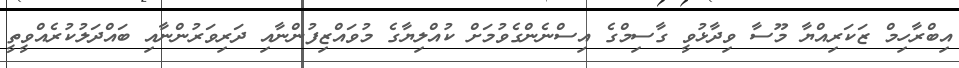
އިބްރާހިމް ޒަކަރިއްޔާ މޫސާ ވިދާޅުވީ ގާސިމްގެ އިސްނެންގެވުމަށް ކުއްލިޔާގެ މުވައްޒިފުންނާއި ދަރިވަރުންނާއި ބައްދަލުކުރެއްވީތީ